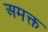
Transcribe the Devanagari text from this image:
अमक्त